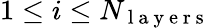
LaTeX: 1\leq i\leq N_{\mathrm{~l~a~y~e~r~s~}}